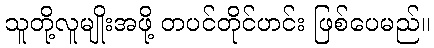
သူတို့လူမျိုးအဖို့ တပင်တိုင်ဟင်း ဖြစ်ပေမည်။